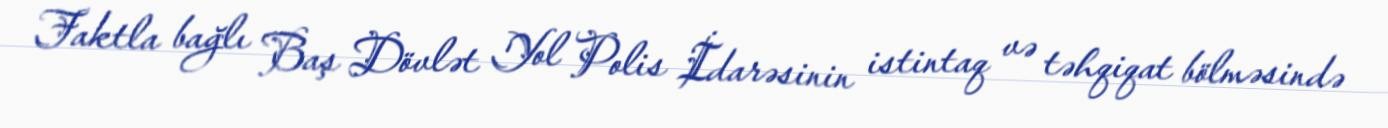
Faktla bağlı Baş Dövlət Yol Polis İdarəsinin istintaq və təhqiqat bölməsində